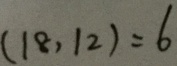
( 1 8 , 1 2 ) = 6